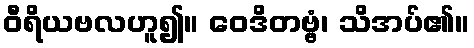
ဝီရိယဗလဟူ၍။ ဝေဒိတဗ္ဗံ၊ သိအပ်၏။